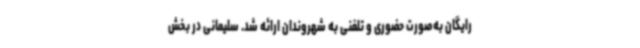
رایگان به‌صورت حضوری و تلفنی به شهروندان ارائه شد. سلیمانی در بخش